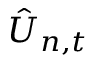
\hat { U } _ { n , t }